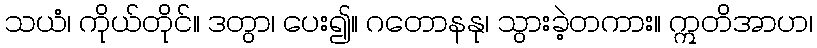
သယံ၊ ကိုယ်တိုင်။ ဒတွာ၊ ပေး၍။ ဂတောနနု၊ သွားခဲ့တကား။ ဣတိအာဟ၊